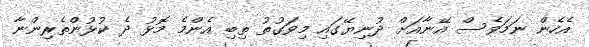
އެހެން ނަމަވެސް އޭނާއަށް ދުނިޔޭގައި މިވަގުތު ތިބި އެންމެ މޮޅު ދެ ކުޅުންތެރިންނާ